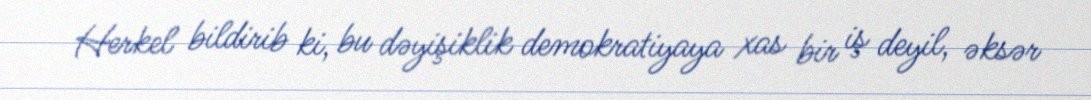
Herkel bildirib ki, bu dəyişiklik demokratiyaya xas bir iş deyil, əksər